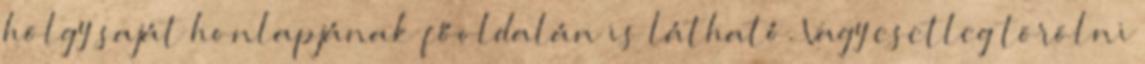
hölgy saját honlapjának főoldalán is látható. Vagy esetleg törölni